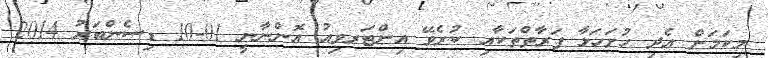
މިކަމަށް އެދި ހުށަހަޅާ ފަރާތްތަކާއި ކުރެވޭ އިންޓަރވިއު އޮންނާނީ 01-10 ޑިސެންބަރު 2014